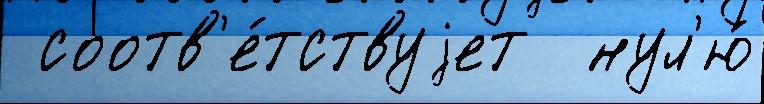
 соотв'е́тствуjет  нул'ю́